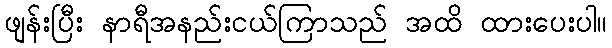
ဖျန်းပြီး နာရီအနည်းငယ်ကြာသည် အထိ ထားပေးပါ။